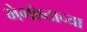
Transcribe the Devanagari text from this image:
भेगोष्ठाच्या